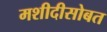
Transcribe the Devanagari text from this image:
मशीदीसोबत